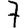
Digit: 7